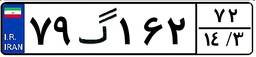
۷۹گ۱۶۲۷۲